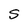
Character: S